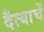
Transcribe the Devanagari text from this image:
दैत्याचें